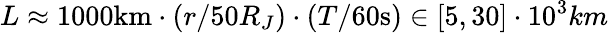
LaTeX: L\approx 1000\mathrm{km}\cdot(r/50R_{J})\cdot(T/60\mathrm{s})\in[5,30]\cdot 10^{3}km